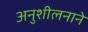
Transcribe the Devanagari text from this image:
अनुशीलनाने